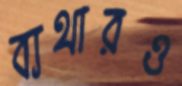
ব্যথারও